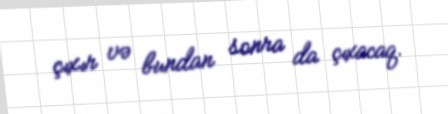
çıxır və bundan sonra da çıxacaq.